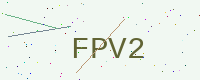
Text: FPV2